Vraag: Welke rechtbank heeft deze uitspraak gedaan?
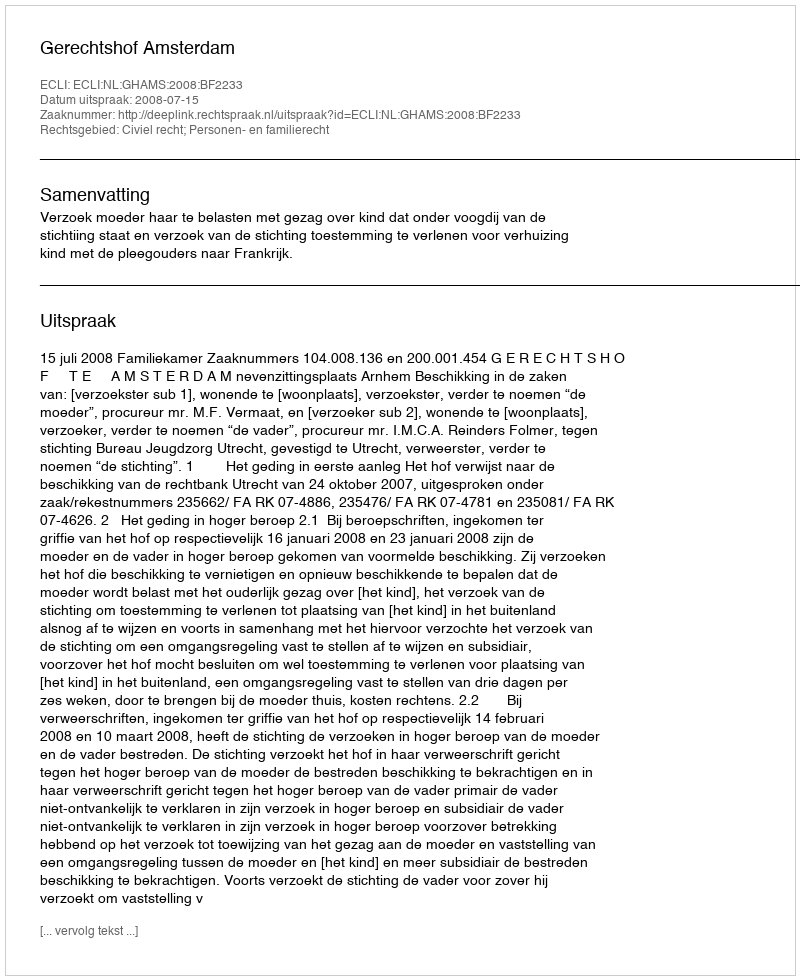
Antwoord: Gerechtshof Amsterdam